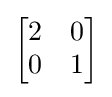
{\begin{bmatrix}2&0\\0&1\end{bmatrix}}